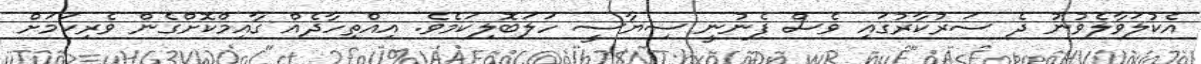
އެކުލަވާލެވުނު ދެ ސަރުކާރުގައި ވެސް ފެނުނީ ސިޔާސީ ހަލަބޮލިކަމެވެ. އިއްތިހާދެއް ގާއިމްކޮށްގެން ވެރިކަމަށް